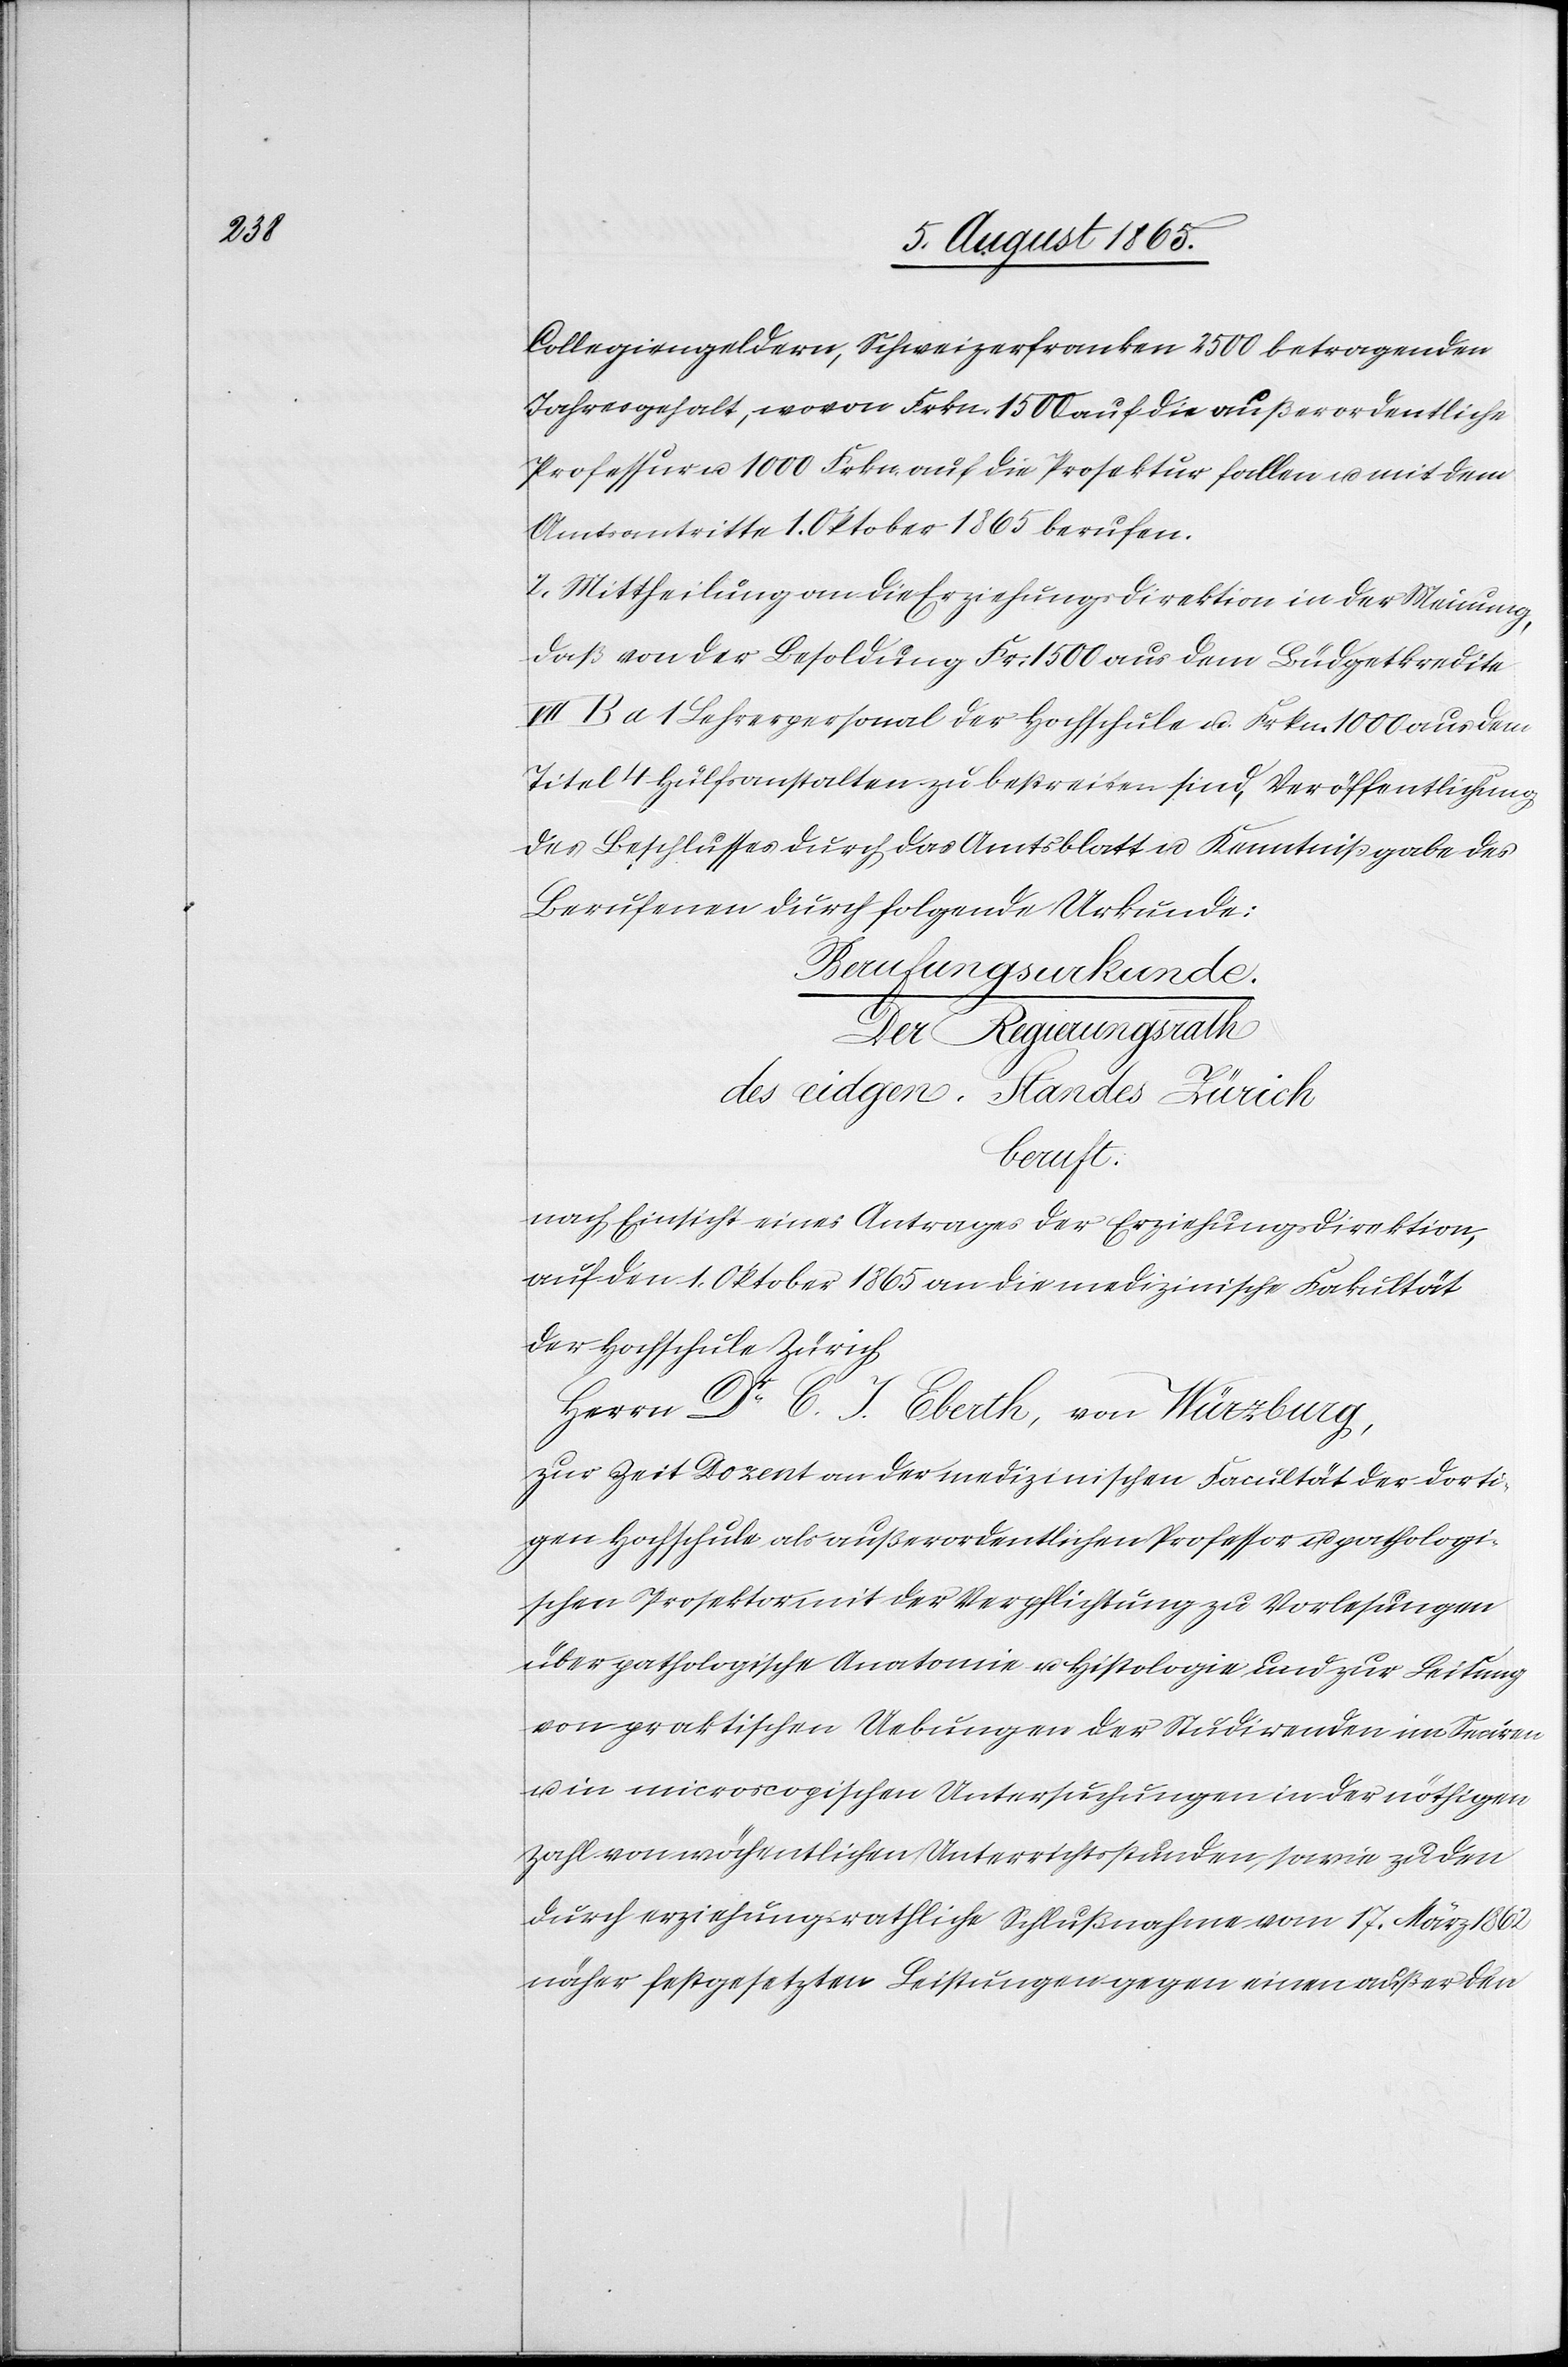
Collegiengeldern, Schweizerfranken 2500 betragenden
Jahresgehalt, wovon Frkn. 1500 auf die außerordentliche
Professur u. 1000 Frkn. auf die Prosektur fallen u. mit dem
Amtsantritte 1. Oktober 1865 berufen.
2. Mittheilung an die Erziehungsdirektion in der Meinung,
daß von der Besoldung Fr. 1500 aus dem Büdgetkredite
VII B a 1 Lehrpersonal der Hochschule u. Frkn. 1000 aus dem
Titel 4 Hülfsanstalten zu bestreiten sind, Veröffentlichung
des Beschlusses durch das Amtsblatt u. Kenntnißgabe des
Berufenen durch folgende Urkunde:
Berufungsurkunde.
Der Regierungsrath
des eidgen. Standes Zürich
beruft:
nach Einsicht eines Antrages der Erziehungsdirektion,
auf den 1. Oktober 1865 an die medizinische Fakultät
der Hochschule Zürich
Herrn Dr C. J. Eberth, von Würzburg,
zur Zeit Dozent an der medizinischen Facultät der dorti¬
gen Hochschule als außerordentlichen Professor u. pathologi¬
schen Prosektor mit der Verpflichtung zu Vorlesungen
über pathologische Anatomie u. Histologie und zur Leitung
von praktischen Uebungen der Studirenden im Seciren
u. in microscopischen Untersuchungen in der nöthigen
Zahl von wöchentlichen Unterrichtsstunden, sowie zu den
durch erziehungsrathliche Schlußnahme vom 17. März 1862
näher festgesetzten Leistungen gegen einen außer den